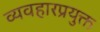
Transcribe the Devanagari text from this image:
व्यवहारप्रयुक्त